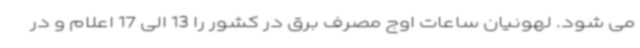
می شود. لهونیان ساعات‌ اوج مصرف برق در کشور را 13 الی 17 اعلام و در